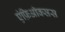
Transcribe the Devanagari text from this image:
एंफ़िऑक्सस